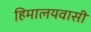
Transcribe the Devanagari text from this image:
हिमालयवासी